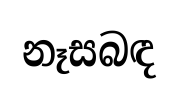
නෑසබඳ